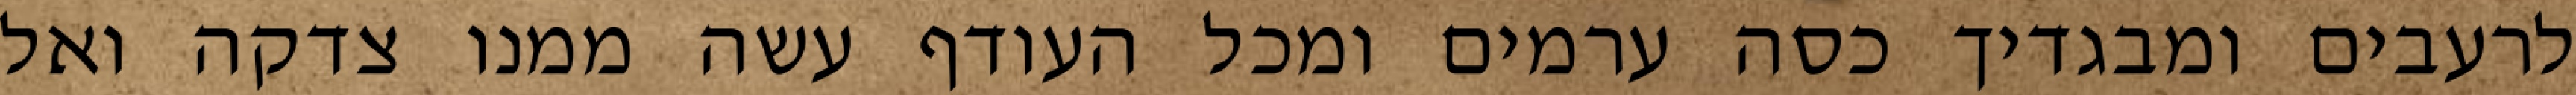
לרעבים ומבגדיך כסה ערמים ומכל העודף עשה ממנו צדקה ואל